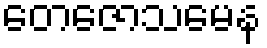
တေဇောသမေန